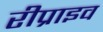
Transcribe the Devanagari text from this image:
रीप्राइव